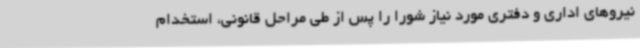
نیروهای اداری و دفتری مورد نیاز شورا را پس از طی مراحل قانونی، استخدام